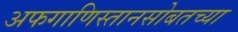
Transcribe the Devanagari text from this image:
अफगाणिस्तानसोबतच्या